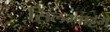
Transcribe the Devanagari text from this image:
सिलम्बाट्टम्